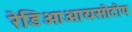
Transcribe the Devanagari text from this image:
रेडिओआयसोटोप